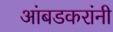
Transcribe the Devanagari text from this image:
आंबडकरांनी